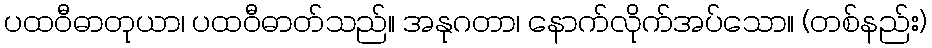
ပထဝီဓာတုယာ၊ ပထဝီဓာတ်သည်။ အနုဂတာ၊ နောက်လိုက်အပ်သော။ (တစ်နည်း)